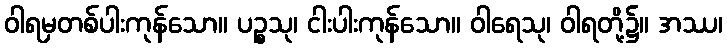
ဝါရမှတစ်ပါးကုန်သော။ ပဉ္စသု၊ ငါးပါးကုန်သော။ ဝါရေသု၊ ဝါရတို့၌။ အဿ၊